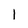
Character: 1